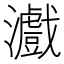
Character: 𤃪